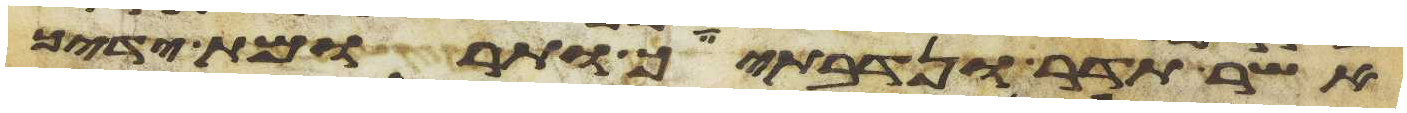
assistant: אשר תדר ונדבתיך ותרומות ידיך